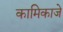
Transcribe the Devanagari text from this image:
कामिकाजे